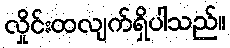
လှိုင်းထလျက်ရှိပါသည်။